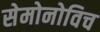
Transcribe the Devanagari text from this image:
सेमोनोविच